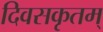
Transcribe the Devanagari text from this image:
दिवसकृतम्‌